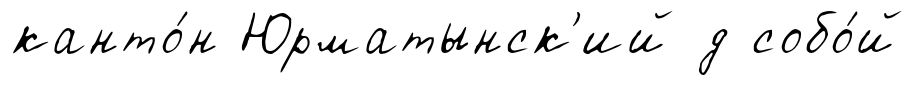
канто́н Юрматынск'ий д собо́й